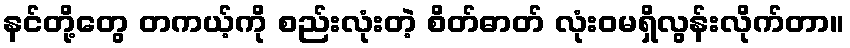
နင်တို့တွေ တကယ့်ကို စည်းလုံးတဲ့ စိတ်ဓာတ် လုံးဝမရှိလွန်းလိုက်တာ။